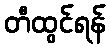
တီထွင်ရန်